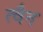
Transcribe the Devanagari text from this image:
त्वैन